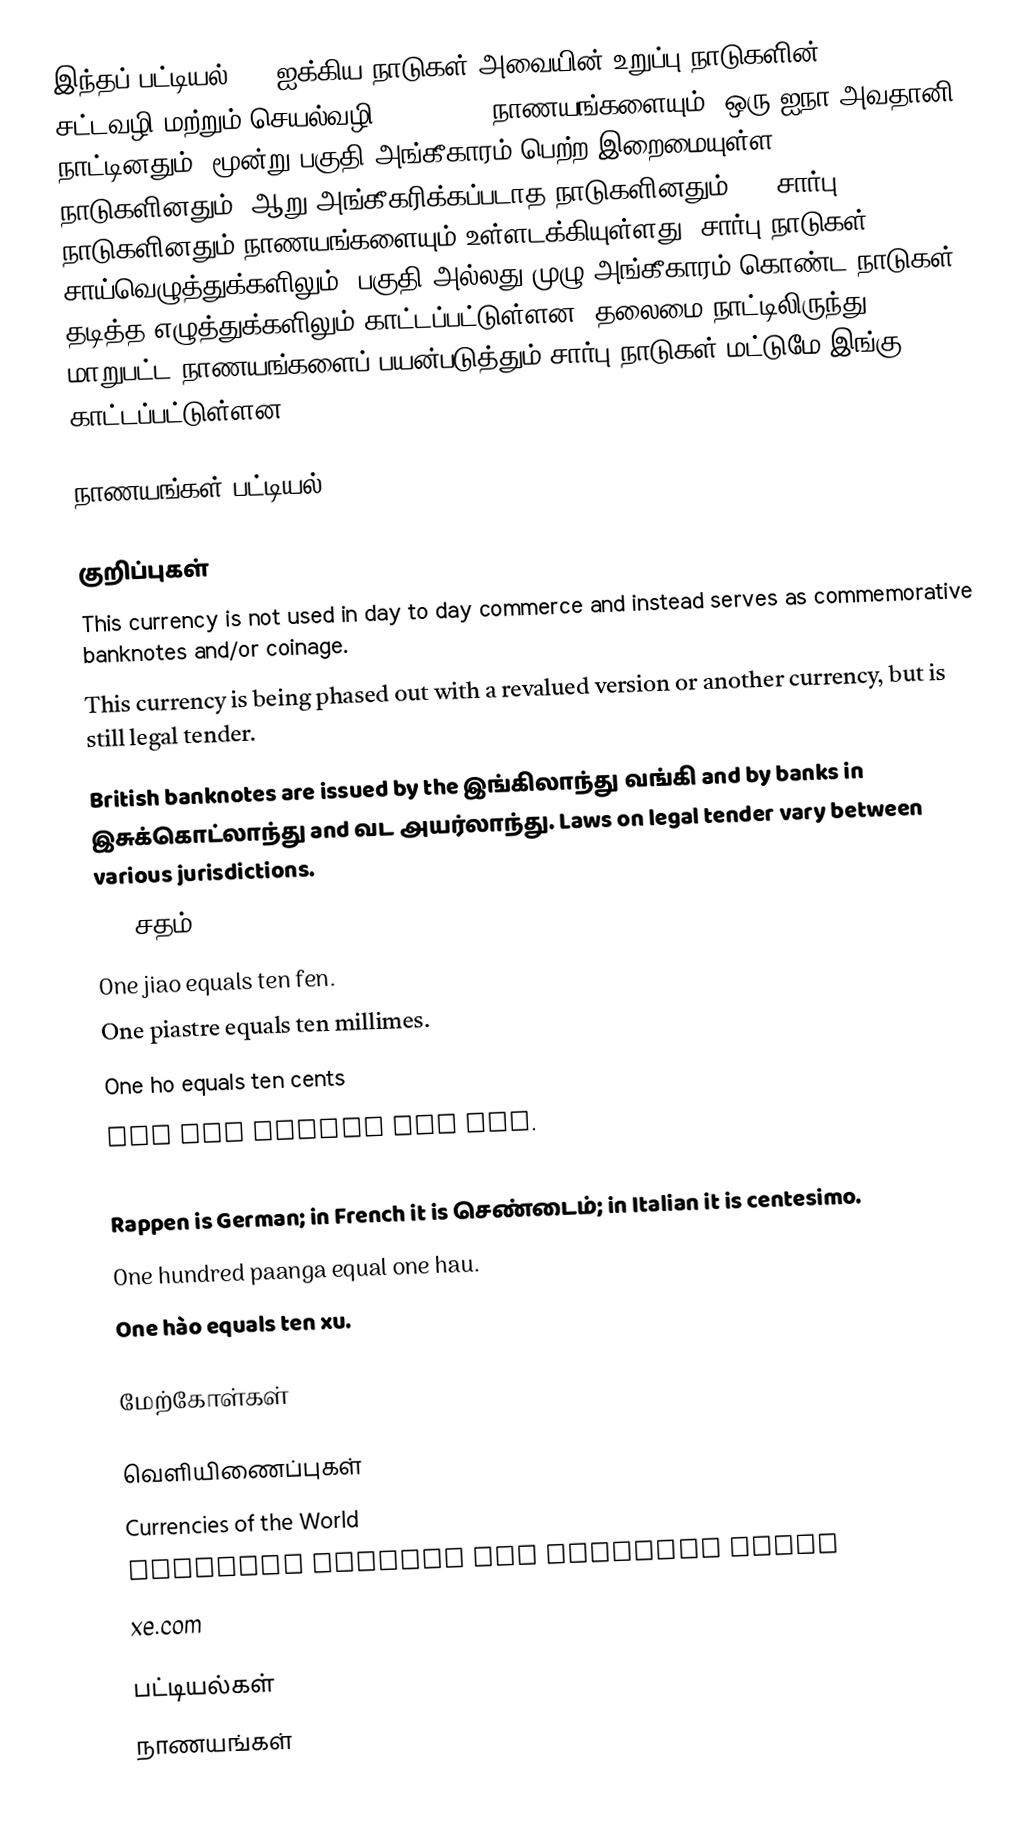
இந்தப் பட்டியல் 192 ஐக்கிய நாடுகள் அவையின் உறுப்பு நாடுகளின் 194 சட்டவழி மற்றும் செயல்வழி (de facto) நாணயங்களையும், ஒரு ஐநா அவதானி நாட்டினதும், மூன்று பகுதி அங்கீகாரம் பெற்ற இறைமையுள்ள நாடுகளினதும், ஆறு அங்கீகரிக்கப்படாத நாடுகளினதும், 32 சார்பு நாடுகளினதும் நாணயங்களையும் உள்ளடக்கியுள்ளது. சார்பு நாடுகள் சாய்வெழுத்துக்களிலும், பகுதி அல்லது முழு அங்கீகாரம் கொண்ட நாடுகள் தடித்த எழுத்துக்களிலும் காட்டப்பட்டுள்ளன. தலைமை நாட்டிலிருந்து மாறுபட்ட நாணயங்களைப் பயன்படுத்தும் சார்பு நாடுகள் மட்டுமே இங்கு காட்டப்பட்டுள்ளன.

நாணயங்கள் பட்டியல்

குறிப்புகள்
This currency is not used in day to day commerce and instead serves as commemorative banknotes and/or coinage.
This currency is being phased out with a revalued version or another currency, but is still legal tender.
British banknotes are issued by the இங்கிலாந்து வங்கி and by banks in இசுக்கொட்லாந்து and வட அயர்லாந்து. Laws on legal tender vary between various jurisdictions.
One சதம் equals ten mills (also spelled “mil” and “mille”).
One jiao equals ten fen.
One piastre equals ten millimes.
One ho equals ten cents
One sen equals ten rin.
One piastre equals ten fils and one dirham equals 10 piastres.
Rappen is German; in French it is செண்டைம்; in Italian it is centesimo.
One hundred paanga equal one hau.
One hào equals ten xu.

மேற்கோள்கள்

வெளியிணைப்புகள்
Currencies of the World
Travelex Country and Currency Guide
xe.com

பட்டியல்கள்
நாணயங்கள்